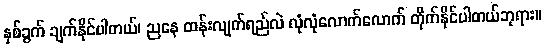
နှစ်ခွက် ချက်နိုင်ပါတယ်၊ ညနေ ထန်းလျက်ရည်လဲ လုံလုံလောက်လောက် တိုက်နိုင်ပါတယ်ဘုရား။